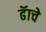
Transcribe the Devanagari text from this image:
ढॅाचे